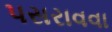
પસરાવવા